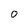
Character: O